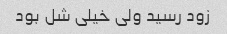
زود رسید ولی خیلی شل بود